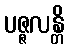
ပဇ္ဇလန္တိ